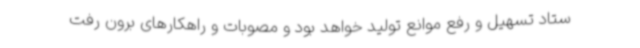
ستاد تسهیل و رفع موانع تولید خواهد بود و مصوبات و راهکارهای برون رفت